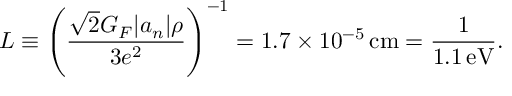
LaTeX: L \equiv \left( \frac { \sqrt { 2 } G _ { F } | a _ { n } | \rho } { 3 e ^ { 2 } } \right) ^ { - 1 } = 1 . 7 \times 1 0 ^ { - 5 } \, \mathrm { c m } = \frac { 1 } { 1 . 1 \, \mathrm { e V } } .